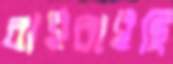
বাইরাইছি